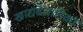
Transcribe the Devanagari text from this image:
खाद्यवैज्ञानिकों